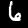
Label: 6